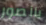
بالصور